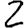
Digit: 2